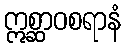
ဣစ္ဆာဝစရာနံ